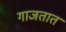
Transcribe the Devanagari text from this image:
गाजतात